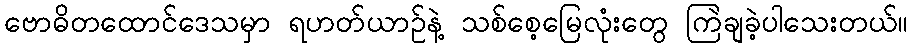
ဗောဓိတထောင်ဒေသမှာ ရဟတ်ယာဉ်နဲ့ သစ်စေ့မြေလုံးတွေ ကြဲချခဲ့ပါသေးတယ်။